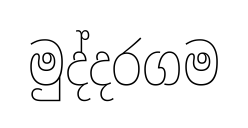
මුද්දරගම